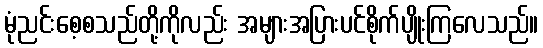
မုံညင်းစေ့စသည်တို့ကိုလည်း အများအပြားပင်စိုက်ပျိုးကြလေသည်။